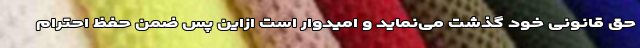
حق قانونی خود گذشت می‌نماید و امیدوار است ازاین پس ضمن حفظ احترام